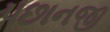
પછાનજી